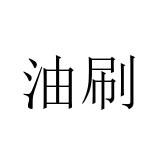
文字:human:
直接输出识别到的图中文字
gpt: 油刷